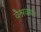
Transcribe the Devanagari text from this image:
वैश्रवण।